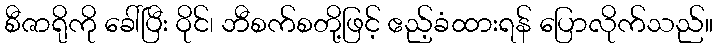
စီဇာရိုကို ခေါ်ပြီး ဝိုင်၊ ဘီစက်စတို့ဖြင့် ဧည့်ခံထားရန် ပြောလိုက်သည်။